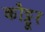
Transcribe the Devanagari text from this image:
कौट्टूर